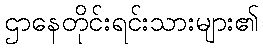
ဌာနေတိုင်းရင်းသားများ၏